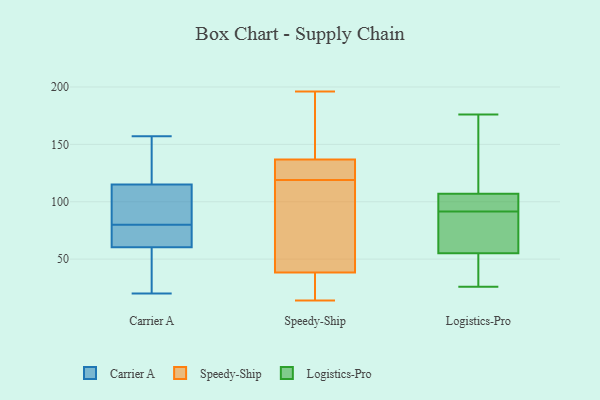
{"axis": {"x": "Latency (ms)", "y": "Value"}, "legend": ["Carrier A", "Logistics-Pro", "Speedy-Ship"], "data": [{"x": "", "y": 20, "type": "Carrier A"}, {"x": "", "y": 115, "type": "Carrier A"}, {"x": "", "y": 105, "type": "Carrier A"}, {"x": "", "y": 66, "type": "Carrier A"}, {"x": "", "y": 104, "type": "Carrier A"}, {"x": "", "y": 115, "type": "Carrier A"}, {"x": "", "y": 118, "type": "Carrier A"}, {"x": "", "y": 52, "type": "Carrier A"}, {"x": "", "y": 20, "type": "Carrier A"}, {"x": "", "y": 81, "type": "Carrier A"}, {"x": "", "y": 63, "type": "Carrier A"}, {"x": "", "y": 117, "type": "Carrier A"}, {"x": "", "y": 65, "type": "Carrier A"}, {"x": "", "y": 157, "type": "Carrier A"}, {"x": "", "y": 80, "type": "Carrier A"}, {"x": "", "y": 38, "type": "Carrier A"}, {"x": "", "y": 67, "type": "Carrier A"}, {"x": "", "y": 48, "type": "Speedy-Ship"}, {"x": "", "y": 138, "type": "Speedy-Ship"}, {"x": "", "y": 34, "type": "Speedy-Ship"}, {"x": "", "y": 35, "type": "Speedy-Ship"}, {"x": "", "y": 14, "type": "Speedy-Ship"}, {"x": "", "y": 196, "type": "Speedy-Ship"}, {"x": "", "y": 119, "type": "Speedy-Ship"}, {"x": "", "y": 133, "type": "Speedy-Ship"}, {"x": "", "y": 150, "type": "Speedy-Ship"}, {"x": "", "y": 50, "type": "Speedy-Ship"}, {"x": "", "y": 130, "type": "Speedy-Ship"}, {"x": "", "y": 104, "type": "Logistics-Pro"}, {"x": "", "y": 127, "type": "Logistics-Pro"}, {"x": "", "y": 97, "type": "Logistics-Pro"}, {"x": "", "y": 26, "type": "Logistics-Pro"}, {"x": "", "y": 176, "type": "Logistics-Pro"}, {"x": "", "y": 86, "type": "Logistics-Pro"}, {"x": "", "y": 69, "type": "Logistics-Pro"}, {"x": "", "y": 36, "type": "Logistics-Pro"}, {"x": "", "y": 107, "type": "Logistics-Pro"}, {"x": "", "y": 55, "type": "Logistics-Pro"}]}